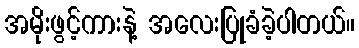
အမိုးဖွင့်ကားနဲ့ အလေးပြုခံခဲ့ပါတယ်။